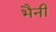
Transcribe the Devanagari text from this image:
भैनी